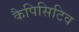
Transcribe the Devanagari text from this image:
कैपिसिटिव